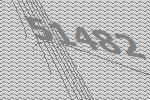
51482